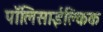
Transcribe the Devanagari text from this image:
पॉलिसाईक्लिक